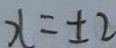
x = \pm 2